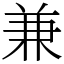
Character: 兼